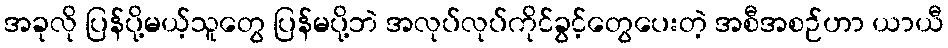
အခုလို ပြန်ပို့မယ့်သူတွေ ပြန်မပို့ဘဲ အလုပ်လုပ်ကိုင်ခွင့်တွေပေးတဲ့ အစီအစဉ်ဟာ ယာယီ